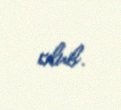
olub.